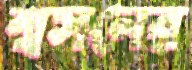
শ্বসনের